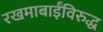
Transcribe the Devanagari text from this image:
रखमाबाईंविरुद्ध